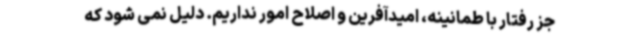
جز رفتار با طمانینه، امیدآفرین و اصلاح امور نداریم. دلیل نمی شود که